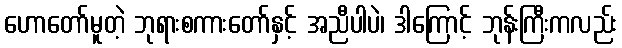
ဟောတော်မူတဲ့ ဘုရားစကားတော်နှင့် အညီပါပဲ၊ ဒါကြောင့် ဘုန်းကြီးကလည်း